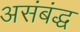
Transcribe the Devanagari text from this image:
असंबंद्ध